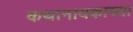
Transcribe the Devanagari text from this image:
कथानायकाच्या